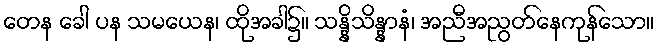
တေန ခေါ ပန သမယေန၊ ထိုအခါ၌။ သန္နိသိန္နာနံ၊ အညီအညွတ်နေကုန်သော။